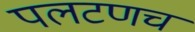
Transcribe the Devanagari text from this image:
पलटणच